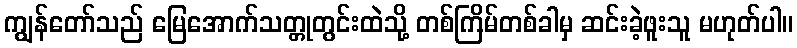
ကျွန်တော်သည် မြေအောက်သတ္တုတွင်းထဲသို့ တစ်ကြိမ်တစ်ခါမှ ဆင်းခဲ့ဖူးသူ မဟုတ်ပါ။